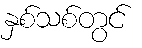
နှစ်သစ်တွင်